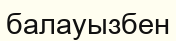
балауызбен